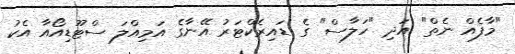
"މާފެއް ނެތް" އަދި "ހަލާސް" ގެ ޑައިރެކްޓަރު އޭނާގެ އަމިއްލަ ސްޓޫޑިއޯއާ އެކު